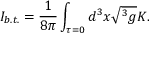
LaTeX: I _ { b . t . } = \frac 1 { 8 \pi } \int _ { \tau = 0 } d ^ { 3 } x \sqrt { ^ 3 g } K .